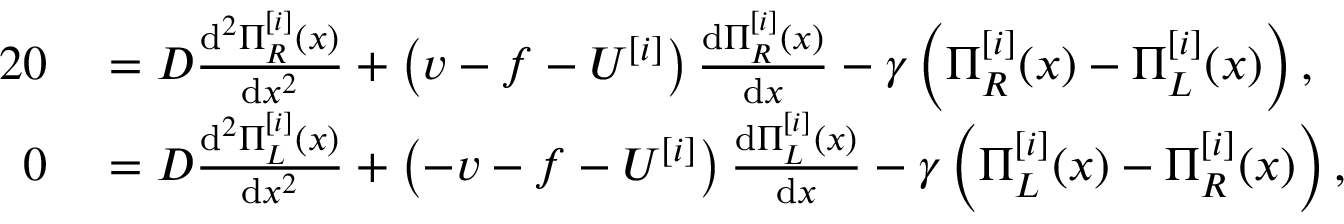
\begin{array} { r l } { { 2 } 0 } & { { } = D \frac { \mathrm { d } ^ { 2 } \Pi _ { R } ^ { [ i ] } ( x ) } { \mathrm { d } x ^ { 2 } } + \left( v - f - U ^ { [ i ] } \right) \frac { \mathrm { d } \Pi _ { R } ^ { [ i ] } ( x ) } { \mathrm { d } x } - \gamma \left( \Pi _ { R } ^ { [ i ] } ( x ) - \Pi _ { L } ^ { [ i ] } ( x ) \right) , } \\ { 0 } & { { } = D \frac { \mathrm { d } ^ { 2 } \Pi _ { L } ^ { [ i ] } ( x ) } { \mathrm { d } x ^ { 2 } } + \left( - v - f - U ^ { [ i ] } \right) \frac { \mathrm { d } \Pi _ { L } ^ { [ i ] } ( x ) } { \mathrm { d } x } - \gamma \left( \Pi _ { L } ^ { [ i ] } ( x ) - \Pi _ { R } ^ { [ i ] } ( x ) \right) , } \end{array}